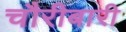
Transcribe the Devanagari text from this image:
चौरीबारी